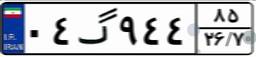
۰۴گ۹۴۴۸۵